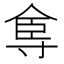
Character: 𡬴